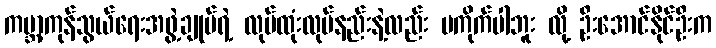
ကမ္ဘာ့ကုန်သွယ်ရေးအဖွဲ့ချုပ်ရဲ့ လုပ်ထုံးလုပ်နည်းနဲ့လည်း မကိုက်ပါဘူး လို့ ဦးအောင်နိုင်ဦးက